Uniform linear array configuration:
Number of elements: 24
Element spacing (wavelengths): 1
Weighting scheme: uniform
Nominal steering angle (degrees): -15
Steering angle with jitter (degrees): -16.432
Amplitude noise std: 0.05
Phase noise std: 0.05

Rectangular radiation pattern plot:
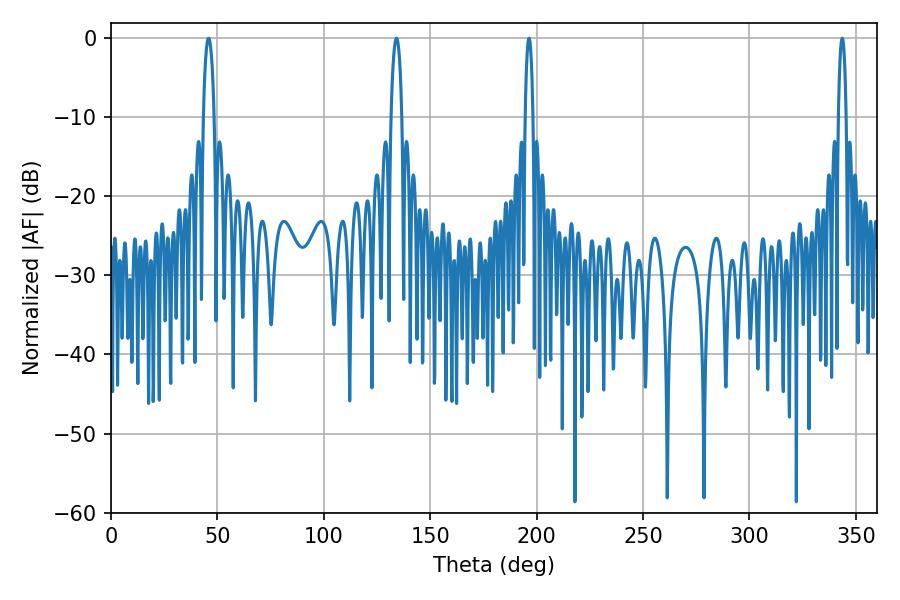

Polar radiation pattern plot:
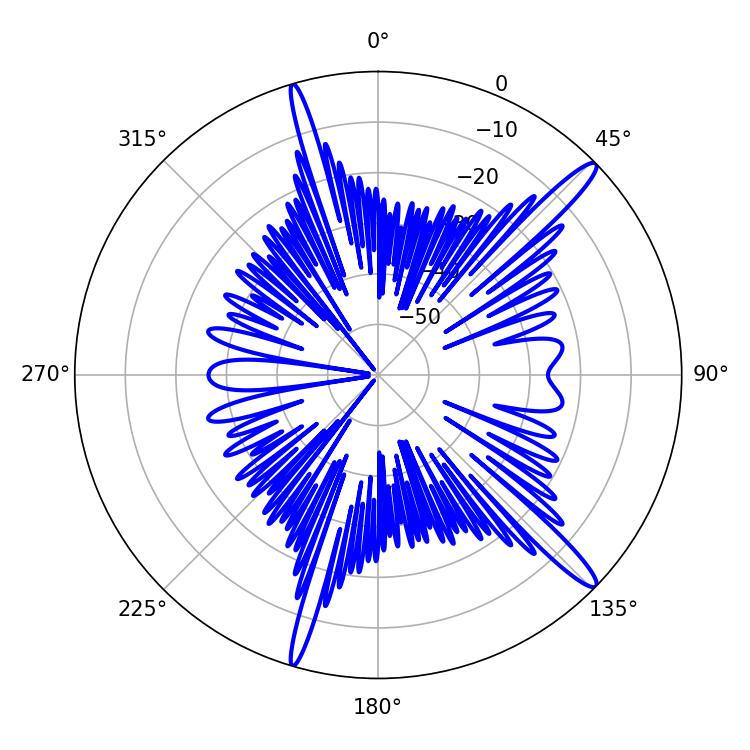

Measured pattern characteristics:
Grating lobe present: TRUE
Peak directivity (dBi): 15.133
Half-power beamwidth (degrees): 1.98
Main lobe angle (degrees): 196.38